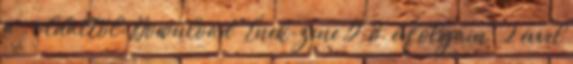
a . oldaltól: Download "Ének-zene 5-8. évfolyam" 2 évvel